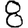
Digit: 8